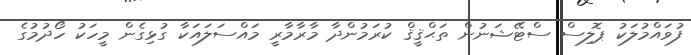
ފުވައްމުލަކު ޕޮލިސް ސްޓޭޝަނުން ތަޙްޤީޤް ކުރަމުންދާ މާރާމާރީ މައްސަލައަކާ ގުޅިގެން މީހަކު ހޯދުމުގެ